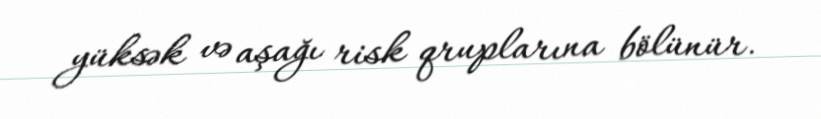
yüksək və aşağı risk qruplarına bölünür.